Scottish Leaving Certificate Examination, 1955
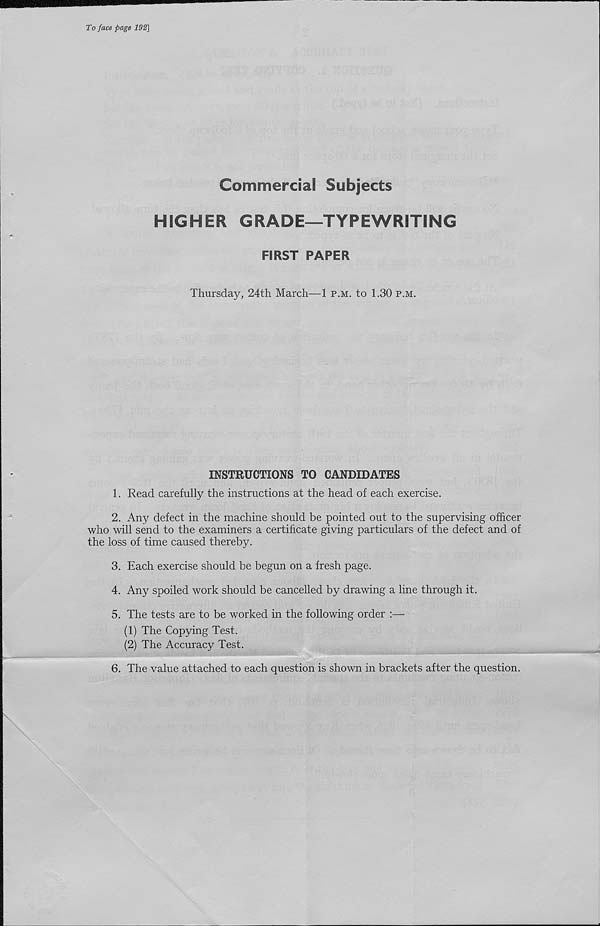
To face page 192]
Commercial Subjects
HIGHER GRADE—TYPEWRITING
FIRST PAPER
Thursday, 24th March—1 p.m. to 1.30 p.m.
INSTRUCTIONS TO CANDIDATES
1. Read carefully the instructions at the head of each exercise.
2. Any defect in the machine should be pointed out to the supervising officer
who will send to the examiners a certificate giving particulars of the defect and of
the loss of time caused thereby.
3. Each exercise should be begun on a fresh page.
4. Any spoiled work should be cancelled by drawing a line through it.
5. The tests are to be worked in the following order :—
(1) The Copying Test.
(2) The Accuracy Test.
6. The value attached to each question is shown in brackets after the question.